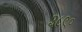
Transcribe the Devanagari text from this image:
३८९०